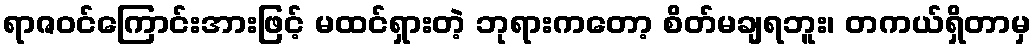
ရာဇဝင်ကြောင်းအားဖြင့် မထင်ရှားတဲ့ ဘုရားကတော့ စိတ်မချရဘူး၊ တကယ်ရှိတာမှ